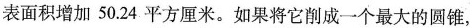
表面积增加50.24平方厘米。如果将它削成一个最大的圆锥，